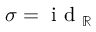
\sigma = \mathrm { ~ i ~ d ~ } _ { \mathbb { R } }